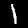
Digit: 1